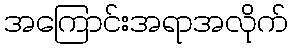
အကြောင်းအရာအလိုက်